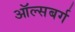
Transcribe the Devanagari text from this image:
ऑल्सबर्ग